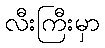
လီးကြီးမှာ